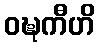
ဝဍ္ဎကီဟိ